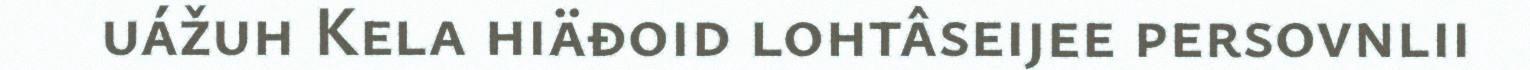
uážuh Kela hiäđoid lohtâseijee persovnlii